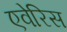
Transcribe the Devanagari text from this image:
एवेरिस